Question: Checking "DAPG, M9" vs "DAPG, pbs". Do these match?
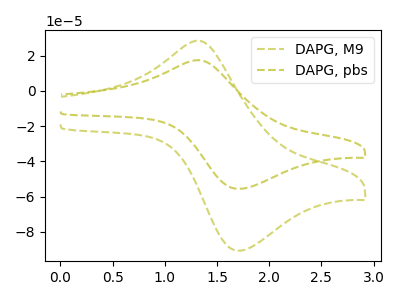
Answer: <think>The olive dashed curve "DAPG, M9" has an anodic peak at (1.30V, 28.55uA) and a cathodic peak at (1.70V, -90.75uA). The olive dashed curve "DAPG, pbs" has an anodic peak at (1.30V, 17.50uA) and a cathodic peak at (1.70V, -55.65uA).
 All the peaks in "DAPG, M9" have a peak in "DAPG, pbs" at the same potential. Every peak in "DAPG, M9" is higher than every peak in "DAPG, pbs".</think>
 <answer>"DAPG, M9" and "DAPG, pbs" are similar in shape.</answer>
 <eval>same_shape</eval>